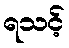
ရသင့်